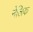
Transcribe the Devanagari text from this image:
नेलिक